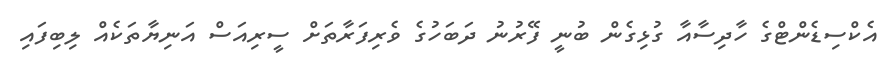
އެކްސިޑެންޓްގެ ހާދިސާއާ ގުޅިގެން ބުނީ ފޭރުނު ދަބަހުގެ ވެރިފަރާތަށް ސީރިއަސް އަނިޔާތަކެއް ލިބިފައި